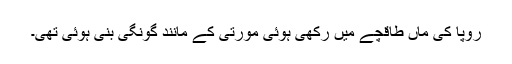
رُوپا کی ماں طاقچے میں رکھی ہُوئی مورتی کے مانند گونگی بنی ہُوئی تھی۔